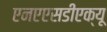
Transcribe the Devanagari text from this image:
एनएएसडीएक्यू